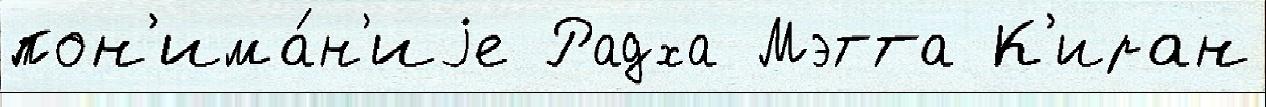
пон'има́н'иjе Радха Мэтта К'иран